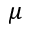
\mu